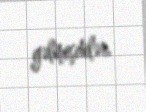
gəlmişdilər.